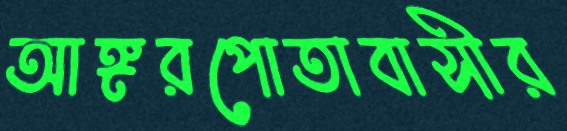
আঙ্গরপোতাবাসীর